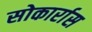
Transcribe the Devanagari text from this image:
सोकार्रास